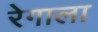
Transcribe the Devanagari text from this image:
रेगाला